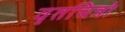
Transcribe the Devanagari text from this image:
वृतचित्रो